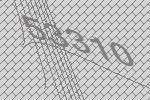
53310